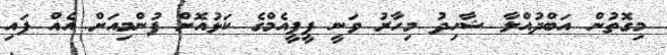
މިގޮތުން އަބްދުއްލާ ޝާހިދު މިހާރު ވަނީ ޕީޕީއެމްގެ ކަޅުއޮށް ފުންމިއަށް އެއް ފައި